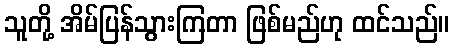
သူတို့ အိမ်ပြန်သွားကြတာ ဖြစ်မည်ဟု ထင်သည်။